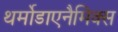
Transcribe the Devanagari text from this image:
थर्मोडाएनैमिक्स